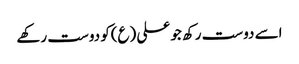
اسے دوست رکھ جو علی (ع)کو دوست رکھے